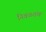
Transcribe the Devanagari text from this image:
निवळशंख